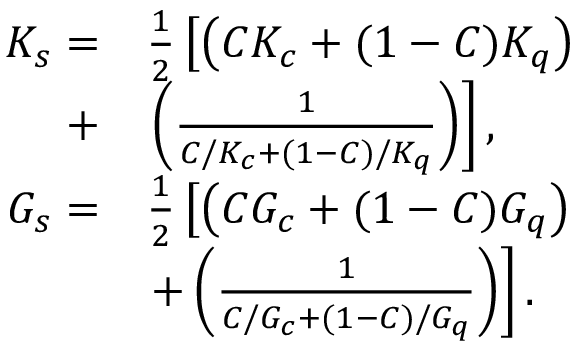
\begin{array} { r l } { K _ { s } = } & { \frac { 1 } { 2 } \left[ \left( C K _ { c } + ( 1 - C ) K _ { q } \right) \right. } \\ { + } & { \left. \left( \frac { 1 } { C / K _ { c } + ( 1 - C ) / K _ { q } } \right) \right] , } \\ { G _ { s } = } & { \frac { 1 } { 2 } \left[ \left( C G _ { c } + ( 1 - C ) G _ { q } \right) \right. } \\ & { \left. + \left( \frac { 1 } { C / G _ { c } + ( 1 - C ) / G _ { q } } \right) \right] . } \end{array}